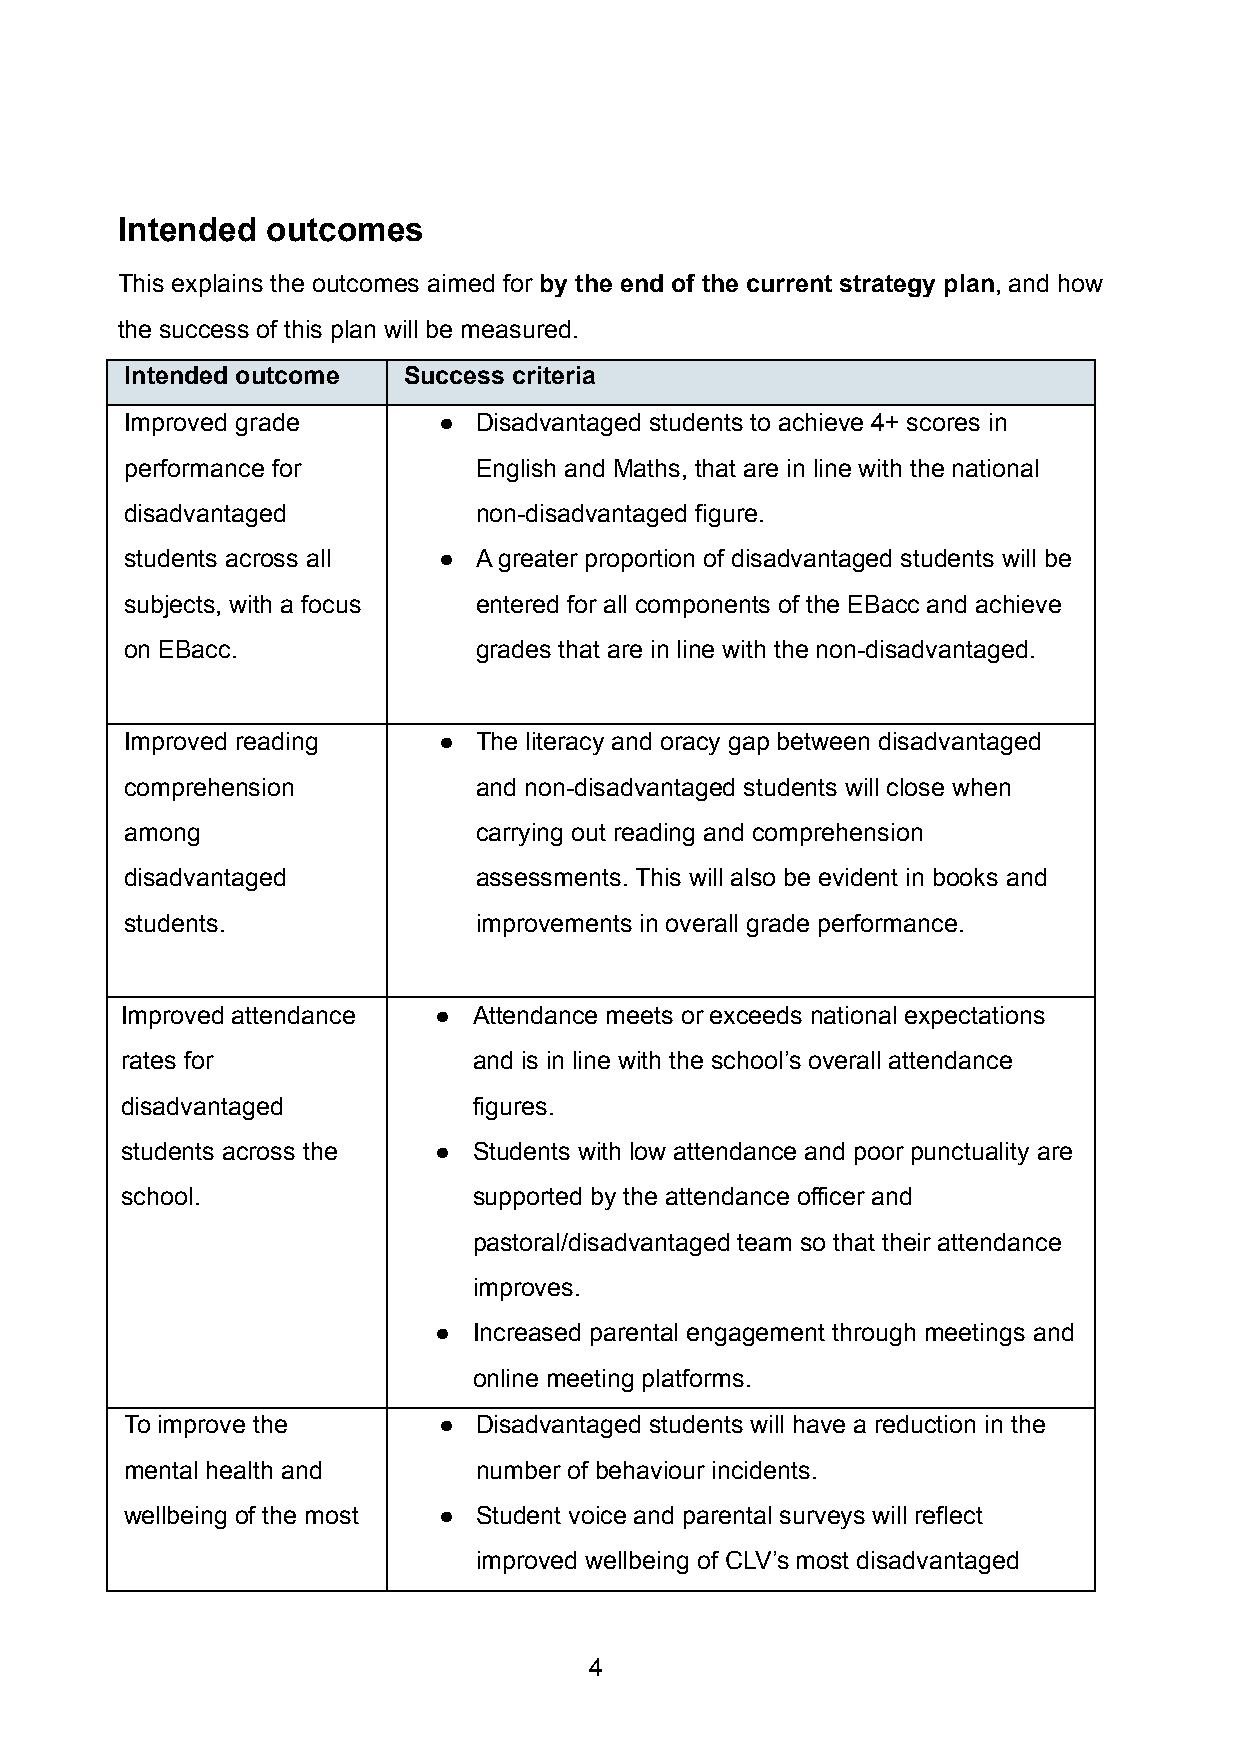
Intended  outcomes
 This explains the outcomes aimed for by the end of the current strategy plan, and how
 the success of this plan will be measured.
 Intended outcome   Success criteria
 Improved grade       ●  Disadvantaged students to achieve 4+ scores in
 performance for         English and Maths, that are in line with the national
 disadvantaged           non-disadvantaged figure.
 students across all  ●  A greater proportion of disadvantaged students will be
 subjects, with a focus  entered for all components of the EBacc and achieve
 on EBacc.               grades that are in line with the non-disadvantaged.
 Improved reading     ●  The literacy and oracy gap between disadvantaged
 comprehension           and non-disadvantaged students will close when
 among                   carrying out reading and comprehension
 disadvantaged           assessments. This will also be evident in books and
 students.               improvements in overall grade performance.
 Improved attendance  ● Attendance meets or exceeds national expectations
 rates for              and is in line with the school’s overall attendance
 disadvantaged          figures.
 students across the  ● Students with low attendance and poor punctuality are
 school.                supported by the attendance officer and
 pastoral/disadvantaged team so that their attendance
 improves.
 ● Increased parental engagement through meetings and
 online meeting platforms.
 To improve the       ●  Disadvantaged students will have a reduction in the
 mental health and       number of behaviour incidents.
 wellbeing of the most ● Student voice and parental surveys will reflect
 improved wellbeing of CLV’s most disadvantaged
 4